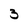
Character: 3